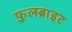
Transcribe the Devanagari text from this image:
फ़ुलब्राइट